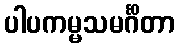
ပါပကမ္မသမင်္ဂိတာ